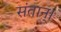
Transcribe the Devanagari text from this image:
संतान्।